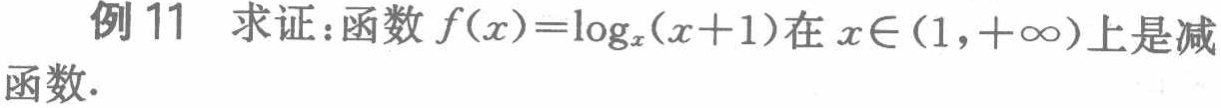
例 11 求证：函数 \(f(x)=\log_{x}(x + 1)\)在 \(x\in(1,+\infty)\)上是减函数.